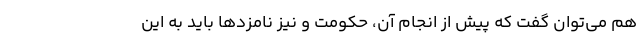
هم می‌توان گفت که پیش از انجام آن، حکومت و نیز نامزدها باید به این